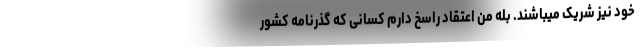
خود نیز شریک میباشند. بله من اعتقاد راسخ دارم کسانی که گذرنامه کشور